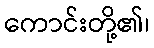
ကောင်းတို့၏၊